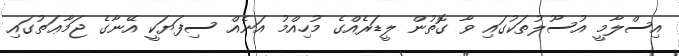
އިސްލާމީ އުސޫލުތަކުގައި ވާ ގޮތުން ލީޑަރެއްގެ މުހިއްމު އަނެއް ސިފަޔަކީ އޭނާގެ ޖަމާޢަތުގައި